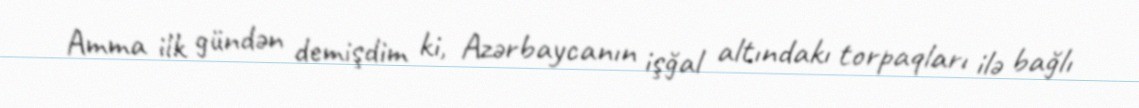
Amma ilk gündən demişdim ki, Azərbaycanın işğal altındakı torpaqları ilə bağlı